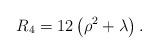
LaTeX: \begin{align*}R_4 = 12\left(\rho^2+\lambda\right).\end{align*}